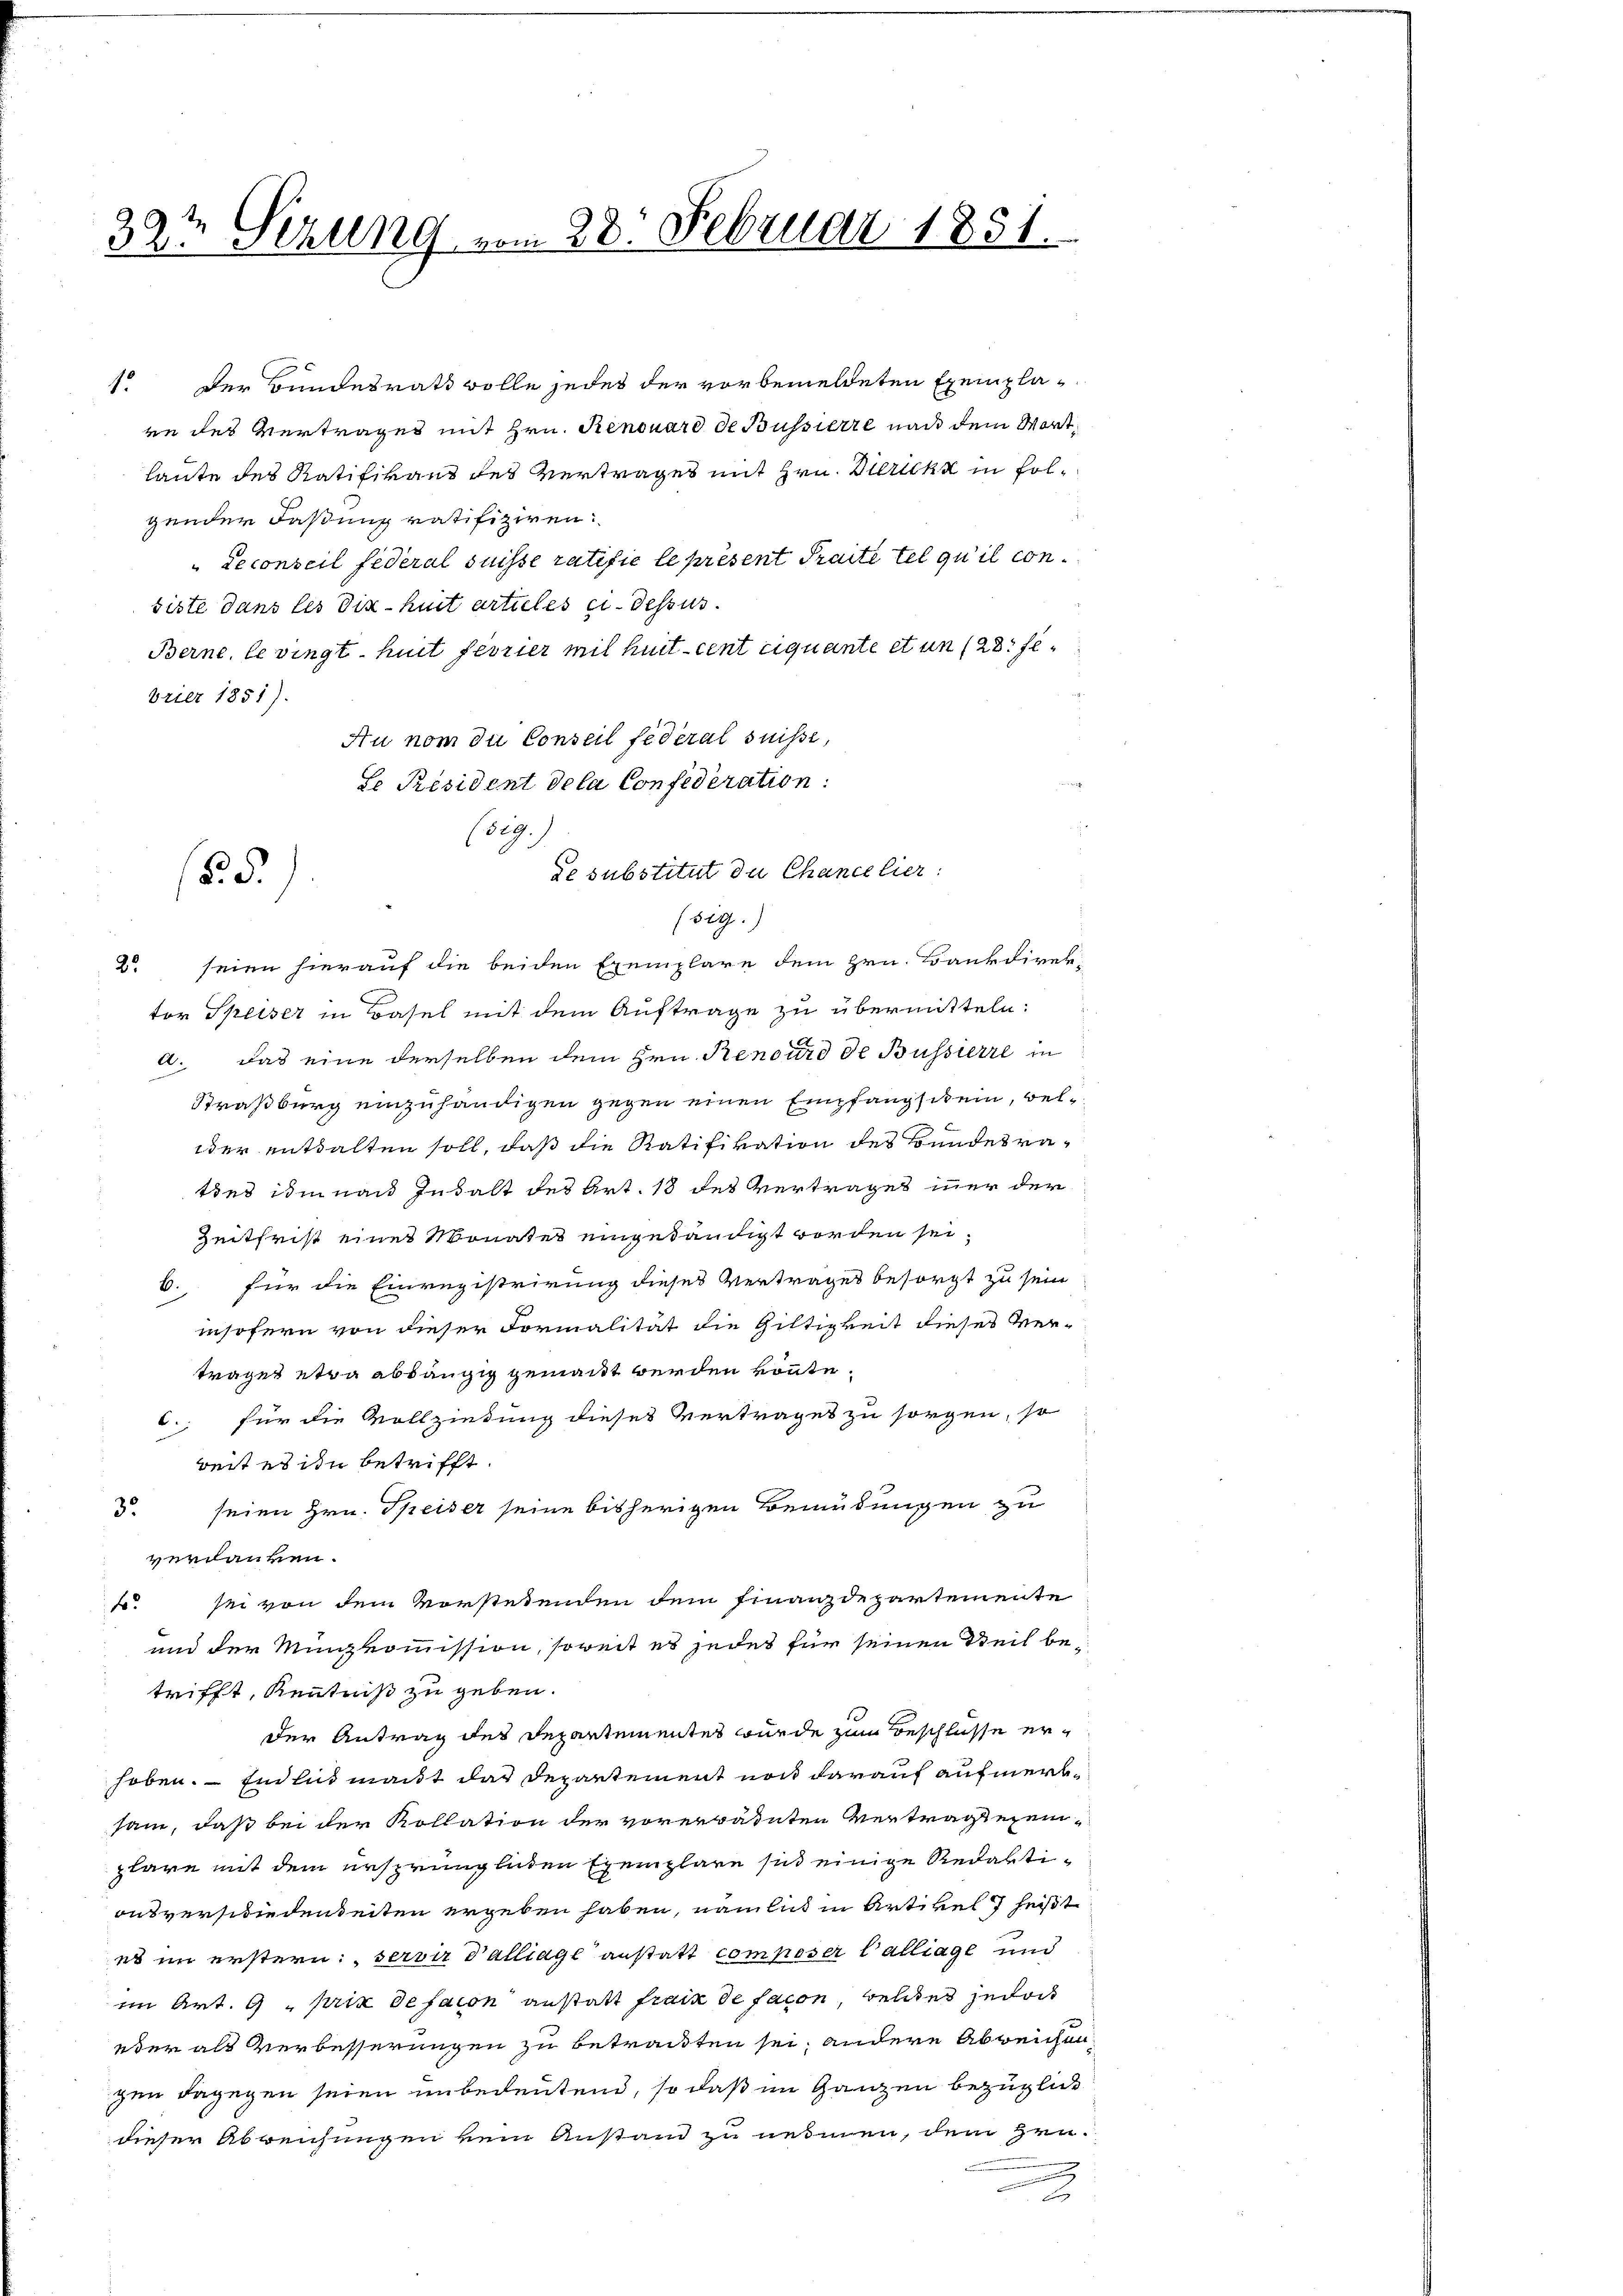
39t Sezung vom 28. Februar 1851.

Berne, le vingt. huit ferrier mit Mut cent ciquante et un (23. fl
brier 1851).
Au nom du Conseil fédéral suisse,
 Président dela Confederation:
(sig.
de substitut du Chancelier:
55.

1. Der Bundesrath volle jedes der vorbemeldeten Exemplavn des Vertrages mit Hrn. Renouard de Bussierte nach dem Wortlaute des Ratifikans des Vertrages mit Hrn. Bericht in folgender Faßung ratifiziren:
Leconseil federal Suisse ratifié le présent Praite tel qu’il con
siste dans les dix-huit articles ci-dessus.

(sig.)

2. seien hierauf die beiden Exemplare dem Hrn. Bankdirek-
tor Speiser in Basel mit dem Auftrage zu übermitteln:
a. Das eine derselben dem Hrn. Renourd de Bussierte in
Straßburg einzuhändigen gegen einen Empfangschein, wel¬
oder enthalten soll, daß die Ratifikation des Bundesraties ihm nach Inhalt des Art. 18 des Vertrages iner der
Zeitfrist eines Monates eingeländigt worden sei,
b. für die Einregistrirung dieses Vertrages besorgt zu sein
insofern von dieser Formalität die Giltigkeit dieses Ver-
tragen etwa abhängig gemacht werden könnte.
C.; für die Vollziehung dieses Vertrages zu sorgen, so
weit es ihn betrifft.
5. seien Hrn. Speiser seine bisherigen Bemüdungen zu
verdanken.
. sei von dem Vorstehenden dem Finanzdepartemente
und der Münzkommission, soweit es jedes für seinen Weil be-
trifft, Kenntniß zu geben.
der Antrag des Departementes wurde zum Beschlüsse erhoben. Endlimant das Departement noch darauf aufmerksam, daß bei der Kollation der vorerwähnten Vertragtezeiplare mit dem ersprünglichen Exemplare sind einige Redaktionsverschiedenheiten ergeben haben, nämlich in Artikel heißt
es im erstern: „servir Palliage anstatt composer Calliage und
im Art. 9. prix de facon anstatt frain de facon, welches jedoch
eder als Verbesserungen zu betracten sei; andere Abweichen,
gen dagegen seien unbedeutend, so daß im Ganzen bezügliche
dieser Abreichungen kein Anstand zu nehmen, dem Hrn.
2